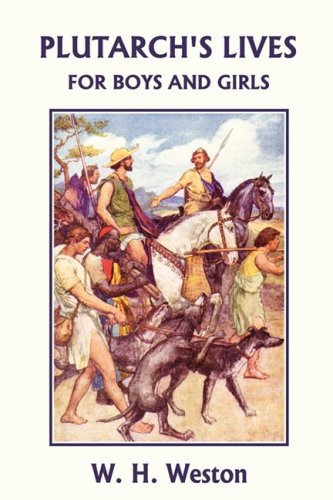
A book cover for Plutarch's Lives for Boys and Girls (Yesterday's Classics); W. H. Weston; Teen & Young Adult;